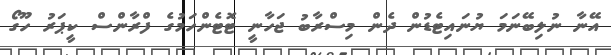
އޭނާ ނުލިބޭނަމަ ޔުނައިޓެޑުން ދެން މިސްރާބު ޖަހާނީ ޓޮޓެންހަމުގެ ފްރާންސް ކީޕަރު ހޫގޯ